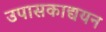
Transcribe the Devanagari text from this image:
उपासकाद्ययन